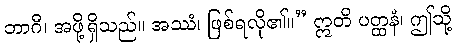
ဘာဂီ၊ အဖို့ရှိသည်။ အဿံ၊ ဖြစ်ရလို၏။” ဣတိ ပတ္ထနံ၊ ဤသို့